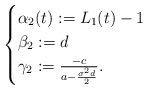
\begin{align*}\begin{cases} \alpha_2(t):= L_1(t)-1 \\ \beta_2:= d \\\gamma_2:=\frac{-c}{a-\frac{\sigma^2d}{2}}.\end{cases}\end{align*}